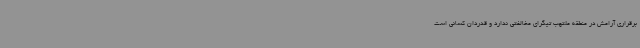
برقراری آرامش در منطقه ملتهب تیگرای مخالفتی ندارد و قدردان کسانی است